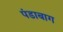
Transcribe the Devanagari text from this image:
पंडाबाग